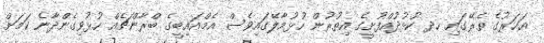
އަހަރުގެ ތެރޭގައި ހދ ކުޅުދުއްފުށީގެ އިތުރުން ހުޅުމާލޭގައިވެސް އެމްއައިބީގެ ބްރާންޗެއް ހުޅުވިގެންދާނެ ކަމަށް